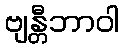
ဗျန္တီဘာဝါ